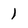
Character: 1